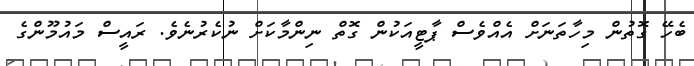
ބެހޭ ގޮތުން މިހާތަނަށް އެއްވެސް ޕާޓީއަކުން ގޮތް ނިންމާކަށް ނުކެރުނެވެ. ރައީސް މައުމޫންގެ